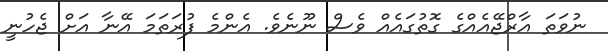
ނުވަތަ އާރްޖޭއެއްގެ ގޮތުގައެއް ވެސް ނޫނެވެ. އެންމެ ފުރަތަމަ އޭނާ އަށް ޖެހުނީ